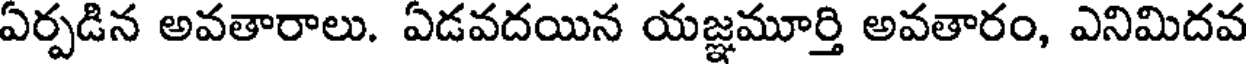
ఏర్పడిన అవతారాలు. ఏడవదయిన యజ్ఞమూర్తి అవతారం, ఎనిమిదవ